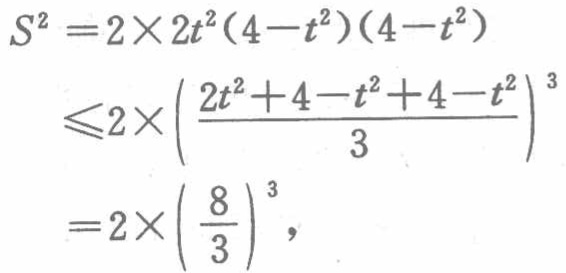
\[

\begin{align*}

S^{2}&=2\times 2t^{2}(4 - t^{2})(4 - t^{2})\\

&\leqslant2\times\left(\frac{2t^{2}+4 - t^{2}+4 - t^{2}}{3}\right)^{3}\\

&=2\times\left(\frac{8}{3}\right)^{3},

\end{align*}

\]